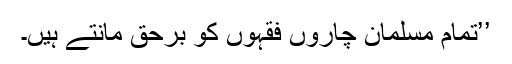
’’تمام مسلمان چاروں فقہوں کو برحق مانتے ہیں۔